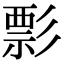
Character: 彯